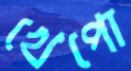
খেপো